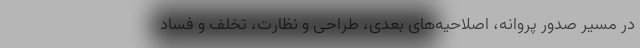
در مسیر صدور پروانه، اصلاحیه‌های بعدی، طراحی و نظارت، تخلف و فساد